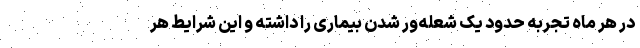
در هر ماه تجربه حدود یک شعله‌ور شدن بیماری را داشته و این شرایط هر